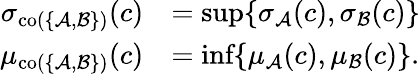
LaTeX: \begin{array}{rl}{\sigma_{\textup{co}(\{ \mathcal{A},\mathcal{B}\} )}(c)}&{=\textup{sup}\{ \sigma_{\mathcal{A}}(c),\sigma_{\mathcal{B}}(c)\} }\\ {\mu_{\textup{co}(\{ \mathcal{A},\mathcal{B}\} )}(c)}&{=\textup{inf}\{ \mu_{\mathcal{A}}(c),\mu_{\mathcal{B}}(c)\} .}\end{array}